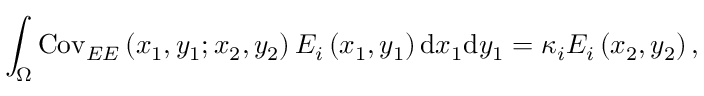
\int _ { \Omega } \mathrm { C o v } _ { E E } \left( x _ { 1 } , y _ { 1 } ; x _ { 2 } , y _ { 2 } \right) E _ { i } \left( x _ { 1 } , y _ { 1 } \right) \mathrm { d } x _ { 1 } \mathrm { d } y _ { 1 } = \kappa _ { i } E _ { i } \left( x _ { 2 } , y _ { 2 } \right) ,